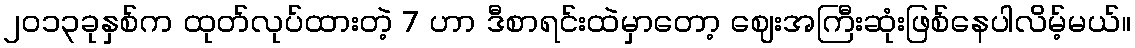
၂၀၁၃ခုနှစ်က ထုတ်လုပ်ထားတဲ့ 7 ဟာ ဒီစာရင်းထဲမှာတော့ ဈေးအကြီးဆုံးဖြစ်နေပါလိမ့်မယ်။